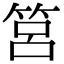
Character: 筥